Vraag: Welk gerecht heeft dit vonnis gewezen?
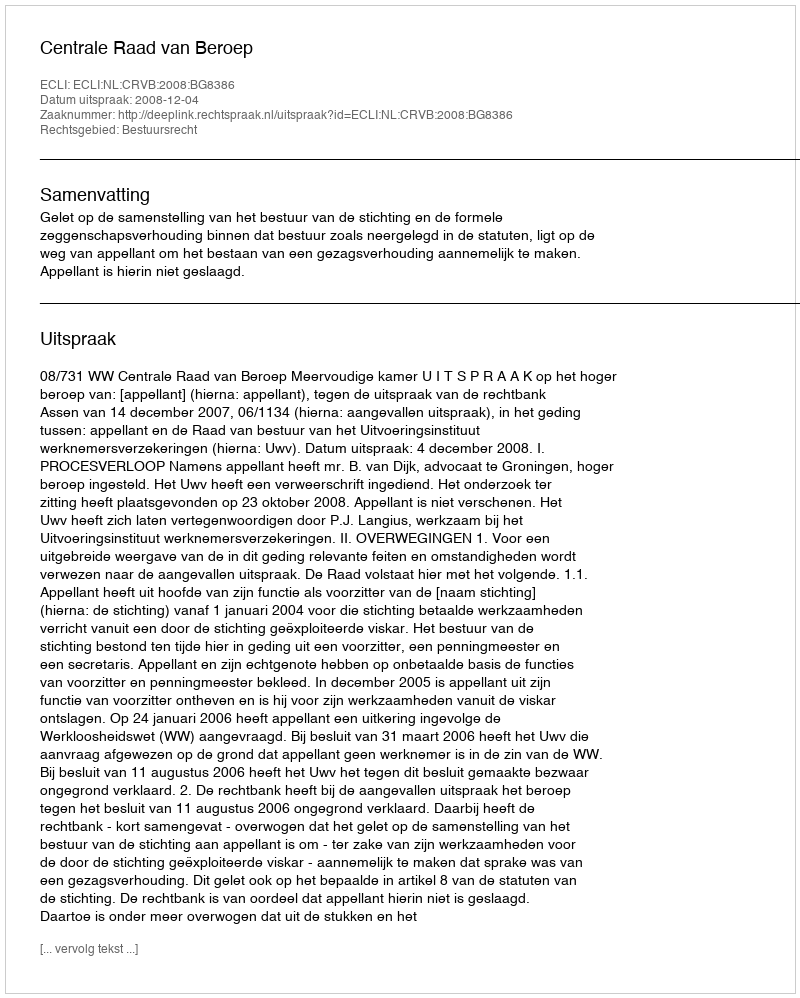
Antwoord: Centrale Raad van Beroep